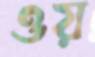
ওয়